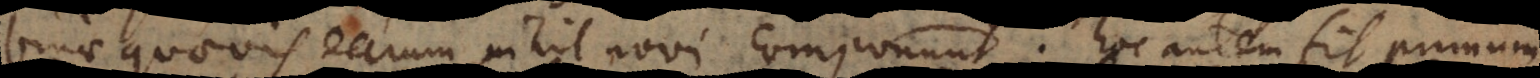
binae quaevis earum nihil novi componunt. Hoc autem fit primum